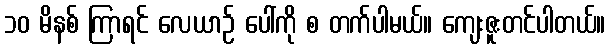
၁၀ မိနစ် ကြာရင် လေယာဉ် ပေါ်ကို စ တက်ပါမယ်။ ကျေးဇူးတင်ပါတယ်။